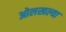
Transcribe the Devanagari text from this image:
ओलखल्या